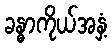
ခန္ဓာကိုယ်အနှံ့